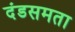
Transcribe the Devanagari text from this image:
दंडसमता